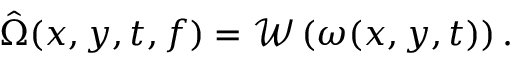
\hat { \Omega } ( x , y , t , f ) = \mathcal { W } \left( \omega ( x , y , t ) \right) .